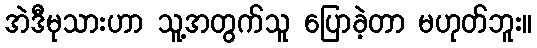
အဲဒီမုသားဟာ သူ့အတွက်သူ ပြောခဲ့တာ မဟုတ်ဘူး။